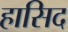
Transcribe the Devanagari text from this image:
हासिद